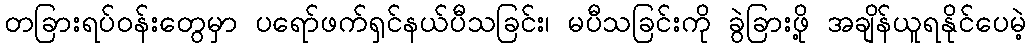
တခြားရပ်ဝန်းတွေမှာ ပရော်ဖက်ရှင်နယ်ပီသခြင်း၊ မပီသခြင်းကို ခွဲခြားဖို့ အချိန်ယူရနိုင်ပေမဲ့